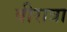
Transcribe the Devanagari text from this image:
वीरात्रा